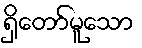
ရှိတော်မူသော